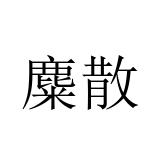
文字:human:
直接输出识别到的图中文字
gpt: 麋散